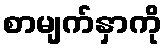
စာမျက်နှာကို